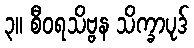
၃။ စီဝရသိဗ္ဗန သိက္ခာပုဒ်